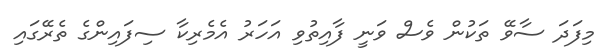
މިފަދަ ސާވޭ ތަކުން ވެސް ވަނީ ފާއިތުވި އަހަރު އެމެރިކާ ސިފައިންގެ ތެރޭގައި